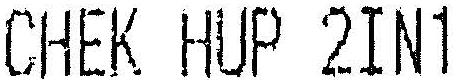
CHEK HUP 2IN1